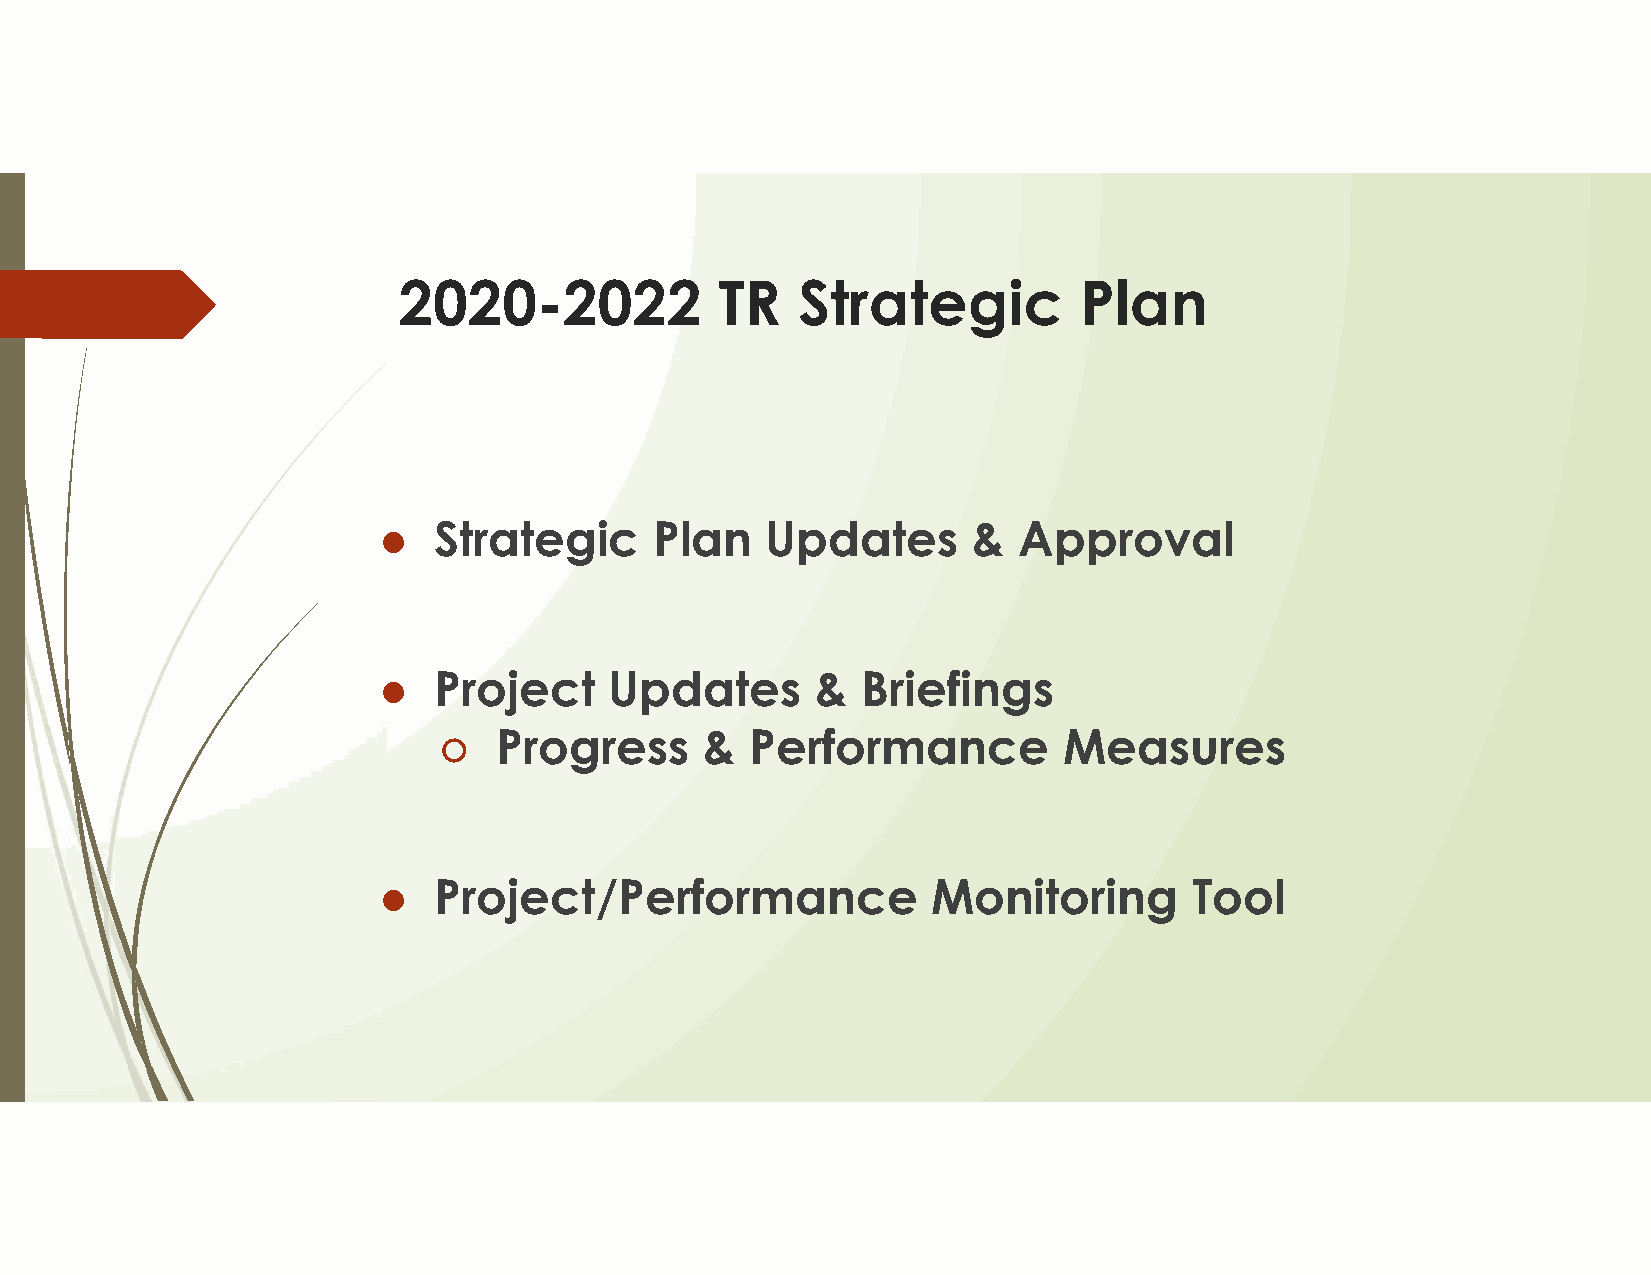
2020-2022             TR   Strategic         Plan
 ●   Strategic     Plan    Updates      &  Approval
 ●   Project    Updates       &  Briefings
 ○   Progress      &  Performance         Measures
 ●   Project/Performance              Monitoring       Tool